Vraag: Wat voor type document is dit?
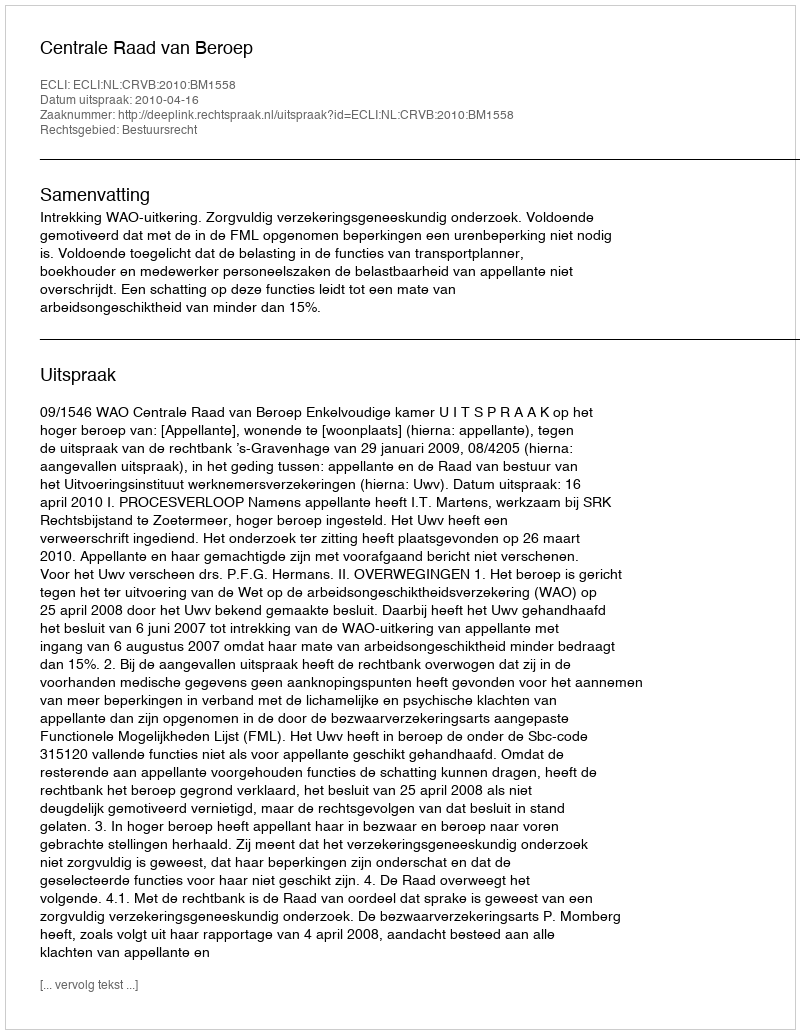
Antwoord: Uitspraak